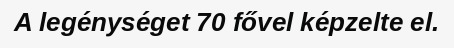
A legénységet 70 fővel képzelte el.